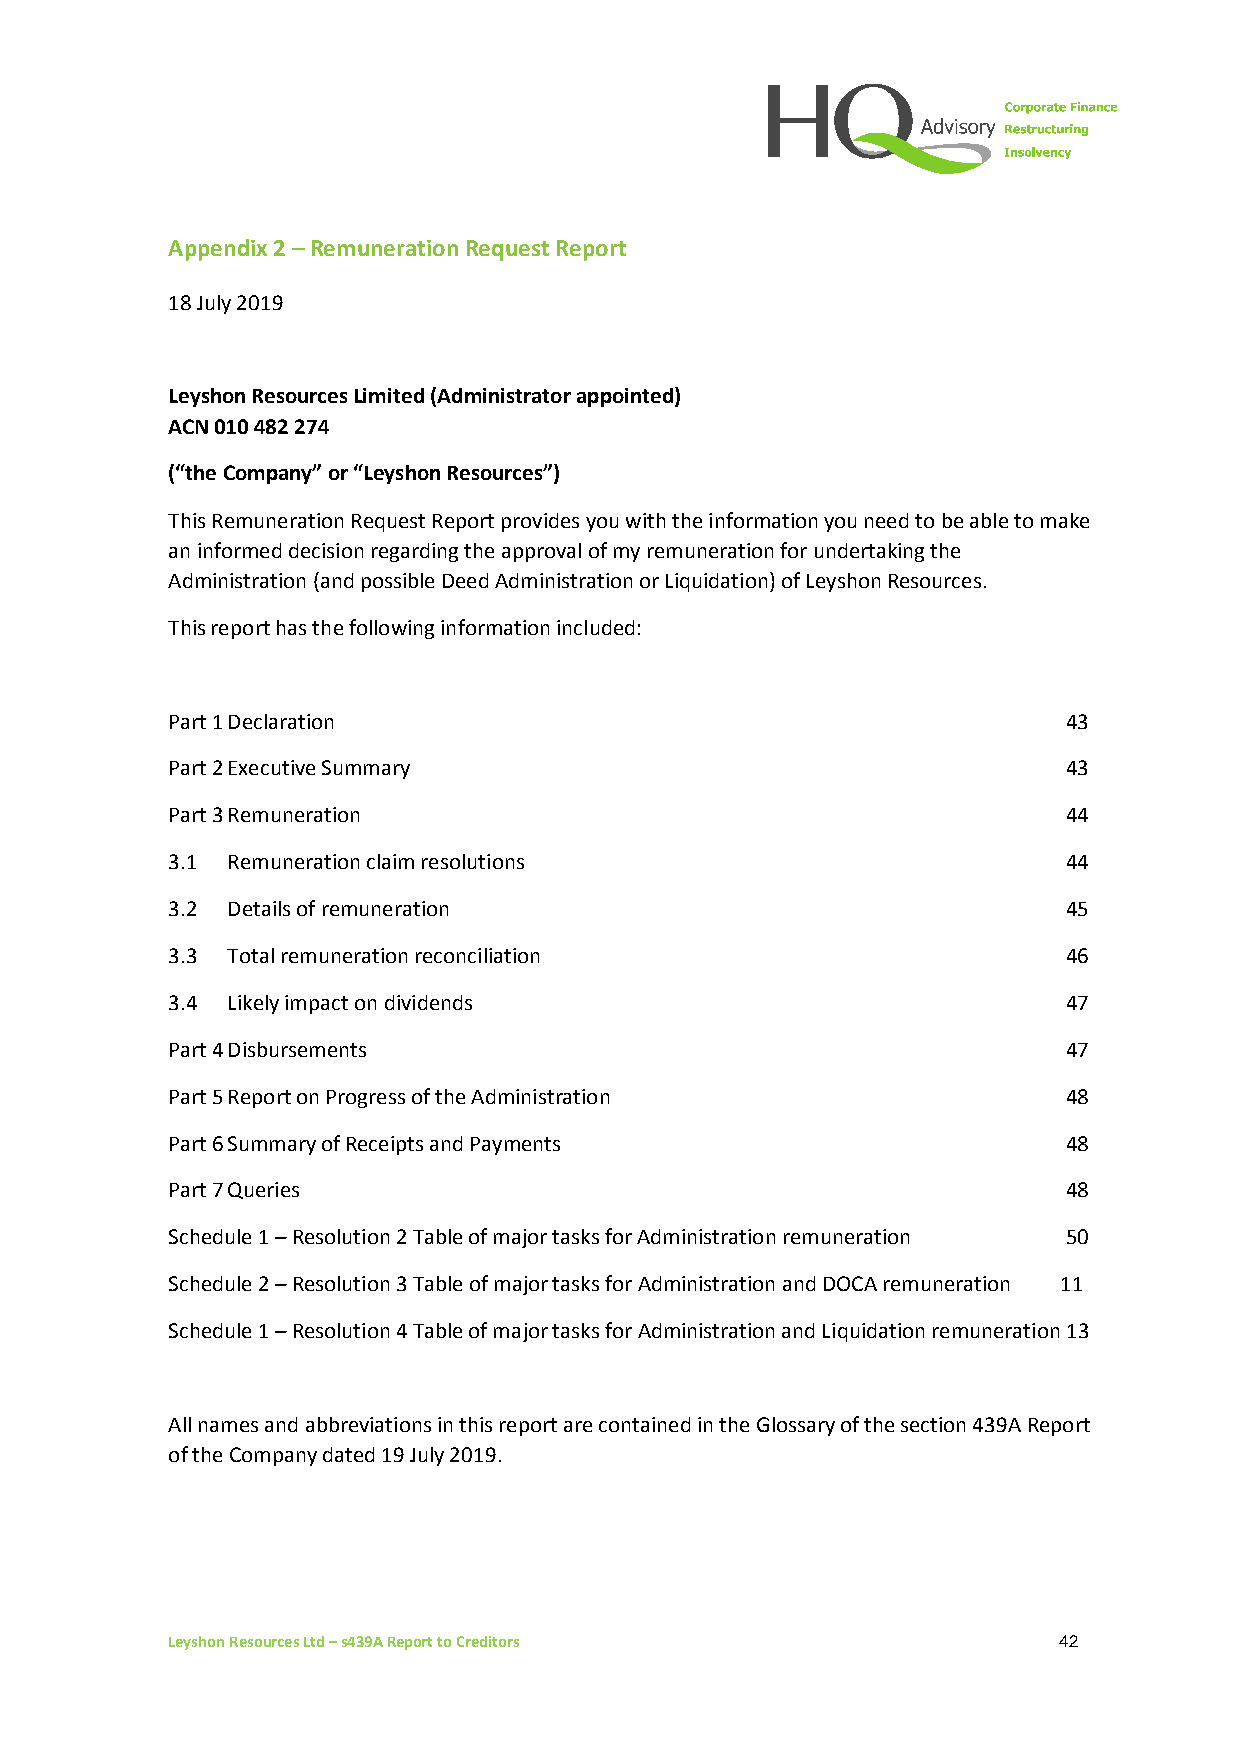
Appendix 2 – Remuneration Request Report
 18 July 2019
 Leyshon Resources Limited (Administrator appointed)
 ACN 010 482 274
 (“the Company” or “Leyshon Resources”)
 This Remuneration Request Report provides you with the information you need to be able to make
 an informed decision regarding the approval of my remuneration for undertaking the
 Administration (and possible Deed Administration or Liquidation) of Leyshon Resources.
 This report has the following information included:
 Part 1 Declaration                                          43
 Part 2 Executive Summary                                    43
 Part 3 Remuneration                                         44
 3.1 Remuneration claim resolutions                          44
 3.2 Details of remuneration                                 45
 3.3 Total remuneration reconciliation                       46
 3.4 Likely impact on dividends                              47
 Part 4 Disbursements                                        47
 Part 5 Report on Progress of the Administration             48
 Part 6 Summary of Receipts and Payments                     48
 Part 7 Queries                                              48
 Schedule 1 – Resolution 2 Table of major tasks for Administration remuneration 50
 Schedule 2 – Resolution 3 Table of major tasks for Administration and DOCA remuneration 11
 Schedule 1 – Resolution 4 Table of major tasks for Administration and Liquidation remuneration 13
 All names and abbreviations in this report are contained in the Glossary of the section 439A Report
 of the Company dated 19 July 2019.
 Leyshon Resources Ltd – s439A Report to Creditors          42